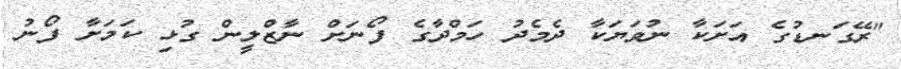
"ރޭގަނޑުގެ އަށަކާ ނުވަޔަކާ ދެމެދު ހަމްދާގެ ފޯނަށް ނާޒްލީން ގުޅި ކަމަށާ ފޯނު